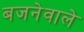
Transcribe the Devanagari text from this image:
बजनेवाले